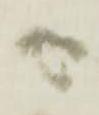
由